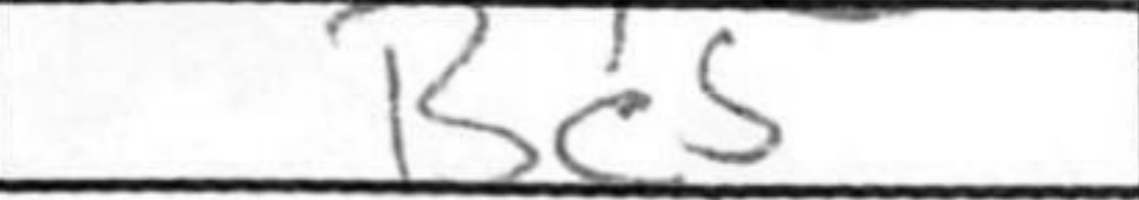
Transcription: Bc5